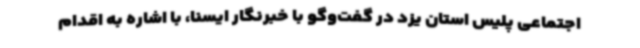
اجتماعی پلیس استان یزد در گفت‌وگو با خبرنگار ایسنا، با اشاره به اقدام